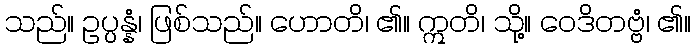
သည်။ ဥပ္ပန္နံ၊ ဖြစ်သည်။ ဟောတိ၊ ၏။ ဣတိ၊ သို့။ ဝေဒိတဗ္ဗံ၊ ၏။